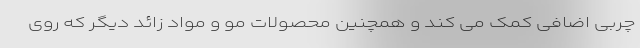
چربی اضافی کمک می کند و همچنین محصولات مو و مواد زائد دیگر که روی